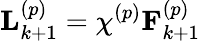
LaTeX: \mathbf{L}_{k+1}^{\left(p\right)}=\chi^{\left(p\right)}\mathbf{F}_{k+1}^{\left(p\right)}